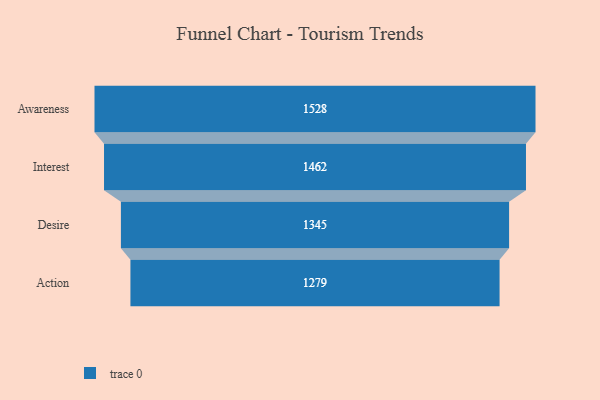
{"axis": {"x": "Stage", "y": "Value"}, "legend": [""], "data": [{"x": "Awareness", "y": 1528.0, "type": ""}, {"x": "Interest", "y": 1462.0, "type": ""}, {"x": "Desire", "y": 1345.0, "type": ""}, {"x": "Action", "y": 1279.0, "type": ""}]}